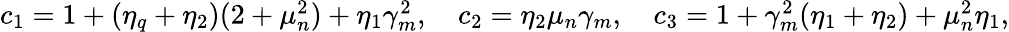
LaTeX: \begin{array}{r}{c_{1}=1+(\eta_{q}+\eta_{2})(2+\mu_{n}^{2})+\eta_{1}\gamma_{m}^{2},\quad c_{2}=\eta_{2}\mu_{n}\gamma_{m},\quad c_{3}=1+\gamma_{m}^{2}(\eta_{1}+\eta_{2})+\mu_{n}^{2}\eta_{1},}\end{array}